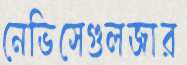
নেভিসেগুলজার